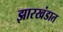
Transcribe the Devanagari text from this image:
झारखंडात